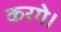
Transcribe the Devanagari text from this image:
करगे।